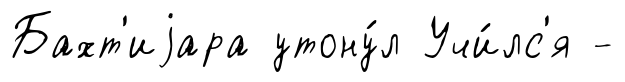
Бахт'иjара утону́л Учи́лс'я -